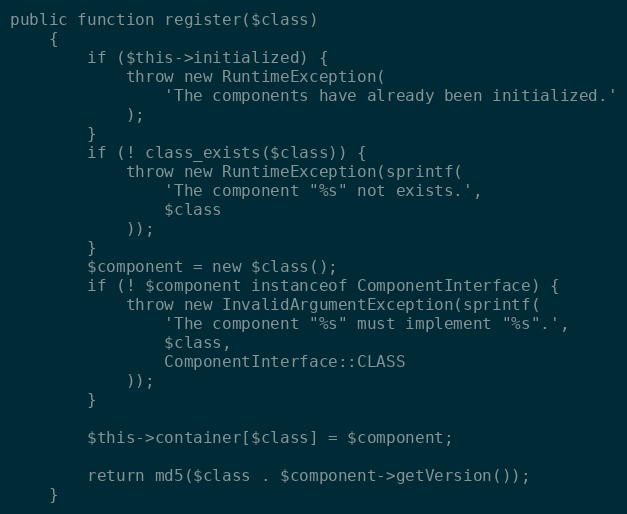
Language: PHP
public function register($class)
    {
        if ($this->initialized) {
            throw new RuntimeException(
                'The components have already been initialized.'
            );
        }
        if (! class_exists($class)) {
            throw new RuntimeException(sprintf(
                'The component "%s" not exists.',
                $class
            ));
        }
        $component = new $class();
        if (! $component instanceof ComponentInterface) {
            throw new InvalidArgumentException(sprintf(
                'The component "%s" must implement "%s".',
                $class,
                ComponentInterface::CLASS
            ));
        }

        $this->container[$class] = $component;

        return md5($class . $component->getVersion());
    }